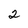
Character: 2